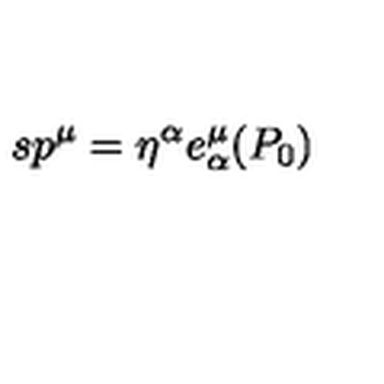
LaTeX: s p ^ { \mu } = \eta ^ { \alpha } e _ { \alpha } ^ { \mu } ( P _ { 0 } )